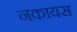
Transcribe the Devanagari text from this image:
नकायस